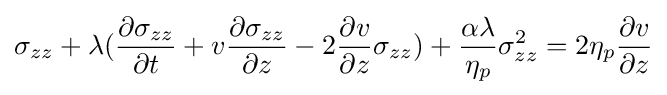
\sigma _{zz}+\lambda ({\frac {\partial \sigma _{zz}}{\partial t}}+v{\frac {\partial \sigma _{zz}}{\partial z}}-2{\frac {\partial v}{\partial z}}\sigma _{zz})+{\frac {\alpha \lambda }{\eta _{p}}}\sigma _{zz}^{2}=2\eta _{p}{\frac {\partial v}{\partial z}}